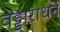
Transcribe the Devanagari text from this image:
वड्डाराधने